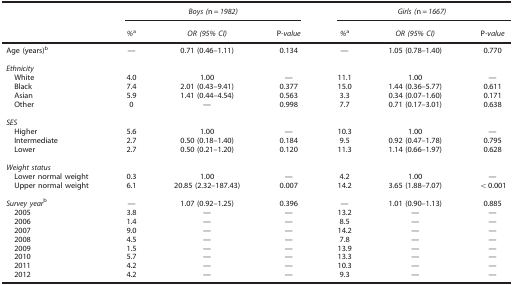
|  | <COLSPAN=3> Boys (n=1982) | <COLSPAN=3> Girls (n=1667) |
 |  | %a | OR (95% CI) | P-value | %a | OR (95% CI) | P-value |
 | --- | --- | --- | --- | --- | --- | --- |
 | Age (years)b | — | 0.71 (0.46–1.11) | 0.134 | — | 1.05 (0.78–1.40) | 0.770 |
 | <COLSPAN=7>  |
 | <COLSPAN=7> Ethnicity |
 | White | 4.0 | 1.00 | — | 11.1 | 1.00 | — |
 | Black | 7.4 | 2.01 (0.43–9.41) | 0.377 | 15.0 | 1.44 (0.36–5.77) | 0.611 |
 | Asian | 5.9 | 1.41 (0.44–4.54) | 0.563 | 3.3 | 0.34 (0.07–1.60) | 0.171 |
 | Other | 0 | — | 0.998 | 7.7 | 0.71 (0.17–3.01) | 0.638 |
 | <COLSPAN=7>  |
 | <COLSPAN=7> SES |
 | Higher | 5.6 | 1.00 | — | 10.3 | 1.00 | — |
 | Intermediate | 2.7 | 0.50 (0.18–1.40) | 0.184 | 9.5 | 0.92 (0.47–1.78) | 0.795 |
 | Lower | 2.7 | 0.50 (0.21–1.20) | 0.120 | 11.3 | 1.14 (0.66–1.97) | 0.628 |
 | <COLSPAN=7>  |
 | <COLSPAN=7> Weight status |
 | Lower normal weight | 0.3 | 1.00 | — | 4.2 | 1.00 | — |
 | Upper normal weight | 6.1 | 20.85 (2.32–187.43) | 0.007 | 14.2 | 3.65 (1.88–7.07) | <0.001 |
 |  |  |  |  |  |  |  |
 | Survey yearb | — | 1.07 (0.92–1.25) | 0.396 | — | 1.01 (0.90–1.13) | 0.885 |
 | 2005 | 3.8 | — | — | 13.2 | — | — |
 | 2006 | 1.4 | — | — | 8.5 | — | — |
 | 2007 | 9.0 | — | — | 14.2 | — | — |
 | 2008 | 4.5 | — | — | 7.8 | — | — |
 | 2009 | 1.5 | — | — | 13.9 | — | — |
 | 2010 | 5.7 | — | — | 13.3 | — | — |
 | 2011 | 4.2 | — | — | 10.3 | — | — |
 | 2012 | 4.2 | — | — | 9.3 | — | — |